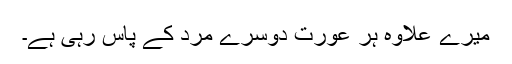
میرے علاوہ ہر عورت دوسرے مرد کے پاس رہی ہے۔